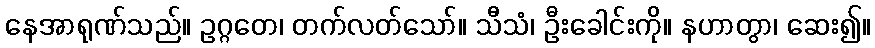
နေအာရုဏ်သည်။ ဥဂ္ဂတေ၊ တက်လတ်သော်။ သီသံ၊ ဦးခေါင်းကို။ နဟာတွာ၊ ဆေး၍။